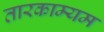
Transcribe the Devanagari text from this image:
तारकाम्यम